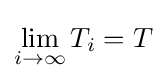
\lim _{i\to \infty }T_{i}=T